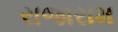
રાજારામ